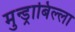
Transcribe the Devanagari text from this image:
मुन्ड्राबिल्ला